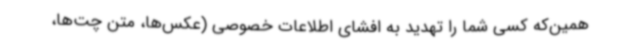
همین‌که کسی شما را تهدید به افشای اطلاعات خصوصی (عکس‌ها، متن چت‌ها،